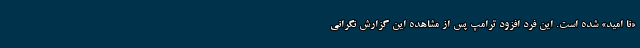
«نا امید» شده است. این فرد افزود ترامپ پس از مشاهده این گزارش نگرانی